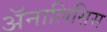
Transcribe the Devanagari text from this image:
अॅनालिसिस